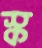
স্ক